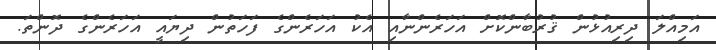
އަމިއްލަ ދިރިއުޅުން ޤުރުބާންކޮށް އަހަރެންނާއި އެކު އަހަރެންގެ ފަހަތުން ދިޔައީ އަހަރެންގެ ދޮންތަ.